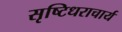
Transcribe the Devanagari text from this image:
सृष्टिधराचार्य